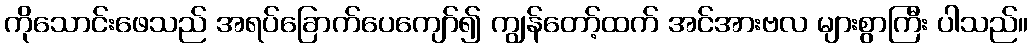
ကိုသောင်းဖေသည် အရပ်ခြောက်ပေကျော်၍ ကျွန်တော့်ထက် အင်အားဗလ များစွာကြီး ပါသည်။